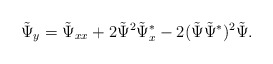
\begin{align*}\tilde \Psi_{y}= \tilde \Psi_{xx}+ 2 \tilde \Psi^2\tilde \Psi^*_x -2(\tilde \Psi\tilde \Psi^*)^2 \tilde \Psi.\end{align*}